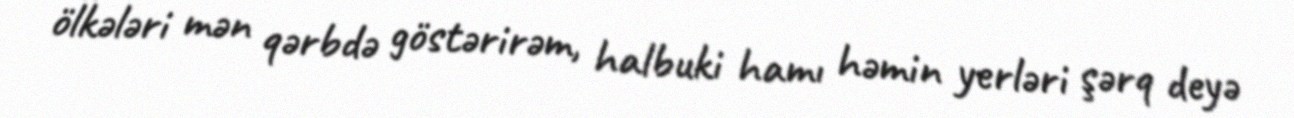
ölkələri mən qərbdə göstərirəm, halbuki hamı həmin yerləri şərq deyə